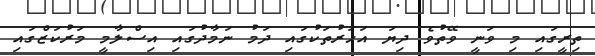
ތިރީގައި މި ވަނީ ވޭތުވެ ދިޔަ އަހަރުތަކުގައި ދަމު ނަމާދުގައި އިސްލާމީ މަރުކަޒްގައި